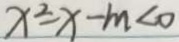
x ^ { 2 } - x - m < 0